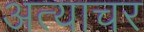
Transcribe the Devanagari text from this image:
अत्याचर